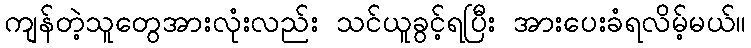
ကျန်တဲ့သူတွေအားလုံးလည်း သင်ယူခွင့်ရပြီး အားပေးခံရလိမ့်မယ်။